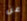
عن